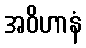
အဝိဟာနံ